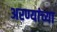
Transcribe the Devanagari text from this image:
अरण्यांच्या